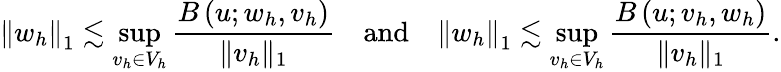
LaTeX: \left\| w_{h}\right\| _{1}\lesssim\operatorname*{sup}_{v_{h}\in V_{h}}\frac{B\left(u;w_{h},v_{h}\right)}{\| v_{h}\| _{1}}\quad\mathrm{and}\quad\left\| w_{h}\right\| _{1}\lesssim\operatorname*{sup}_{v_{h}\in V_{h}}\frac{B\left(u;v_{h},w_{h}\right)}{\| v_{h}\| _{1}}.